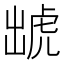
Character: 䖓